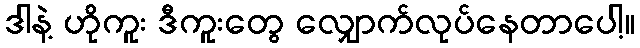
ဒါနဲ့ ဟိုကူး ဒီကူးတွေ လျှောက်လုပ်နေတာပေါ့။